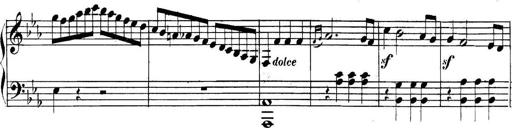
Title: Collected Piano Sonatas
Composer: Muzio Clementi